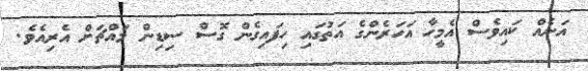
އަނެއް ކައިވެސް އެމީހާ އަހަރެންގެ އަތުގައި ހިފައިގެން ގޮސް ސިޑިން މައްޗަށް އެރިއެވެ.